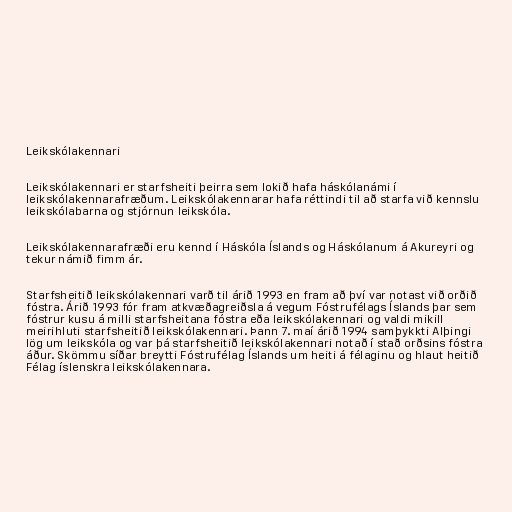
Leikskólakennari

Leikskólakennari er starfsheiti þeirra sem lokið hafa háskólanámi í
leikskólakennarafræðum. Leikskólakennarar hafa réttindi til að starfa við kennslu
leikskólabarna og stjórnun leikskóla.

Leikskólakennarafræði eru kennd í Háskóla Íslands og Háskólanum á Akureyri og
tekur námið fimm ár.

Starfsheitið leikskólakennari varð til árið 1993 en fram að því var notast við orðið
fóstra. Árið 1993 fór fram atkvæðagreiðsla á vegum Fóstrufélags Íslands þar sem
fóstrur kusu á milli starfsheitana fóstra eða leikskólakennari og valdi mikill
meirihluti starfsheitið leikskólakennari. Þann 7. maí árið 1994 samþykkti Alþingi
lög um leikskóla og var þá starfsheitið leikskólakennari notað í stað orðsins fóstra
áður. Skömmu síðar breytti Fóstrufélag Íslands um heiti á félaginu og hlaut heitið
Félag íslenskra leikskólakennara.